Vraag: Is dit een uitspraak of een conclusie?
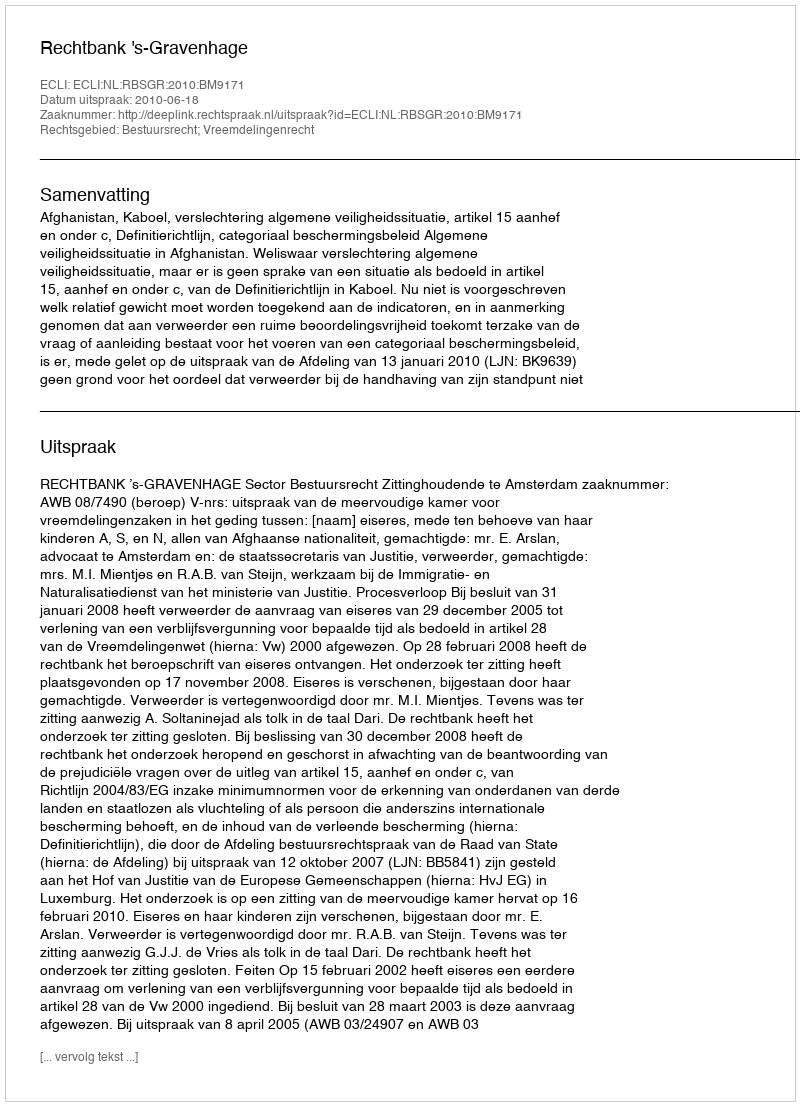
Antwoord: Uitspraak